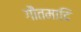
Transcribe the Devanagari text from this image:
गौतमादि